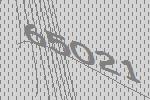
65021